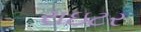
રાઇટર